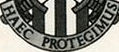
HAEC PROTEGIMUS